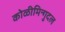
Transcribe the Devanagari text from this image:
कोळीमिन्गुदल